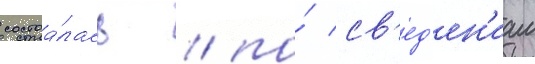
состоа́лась / по́ св'ед'ен'иам